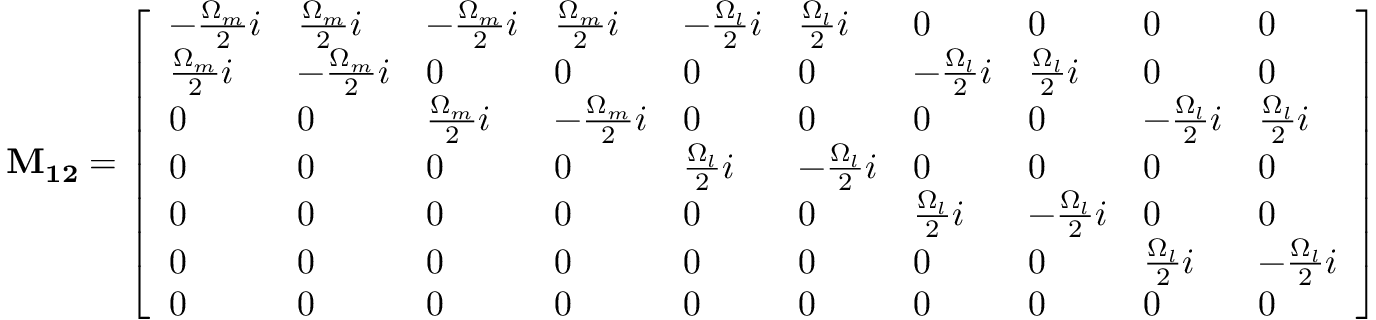
\mathbf { M _ { 1 2 } } = \left[ \begin{array} { l l l l l l l l l l } { - \frac { \Omega _ { m } } { 2 } i } & { \frac { \Omega _ { m } } { 2 } i } & { - \frac { \Omega _ { m } } { 2 } i } & { \frac { \Omega _ { m } } { 2 } i } & { - \frac { \Omega _ { l } } { 2 } i } & { \frac { \Omega _ { l } } { 2 } i } & { 0 } & { 0 } & { 0 } & { 0 } \\ { \frac { \Omega _ { m } } { 2 } i } & { - \frac { \Omega _ { m } } { 2 } i } & { 0 } & { 0 } & { 0 } & { 0 } & { - \frac { \Omega _ { l } } { 2 } i } & { \frac { \Omega _ { l } } { 2 } i } & { 0 } & { 0 } \\ { 0 } & { 0 } & { \frac { \Omega _ { m } } { 2 } i } & { - \frac { \Omega _ { m } } { 2 } i } & { 0 } & { 0 } & { 0 } & { 0 } & { - \frac { \Omega _ { l } } { 2 } i } & { \frac { \Omega _ { l } } { 2 } i } \\ { 0 } & { 0 } & { 0 } & { 0 } & { \frac { \Omega _ { l } } { 2 } i } & { - \frac { \Omega _ { l } } { 2 } i } & { 0 } & { 0 } & { 0 } & { 0 } \\ { 0 } & { 0 } & { 0 } & { 0 } & { 0 } & { 0 } & { \frac { \Omega _ { l } } { 2 } i } & { - \frac { \Omega _ { l } } { 2 } i } & { 0 } & { 0 } \\ { 0 } & { 0 } & { 0 } & { 0 } & { 0 } & { 0 } & { 0 } & { 0 } & { \frac { \Omega _ { l } } { 2 } i } & { - \frac { \Omega _ { l } } { 2 } i } \\ { 0 } & { 0 } & { 0 } & { 0 } & { 0 } & { 0 } & { 0 } & { 0 } & { 0 } & { 0 } \end{array} \right]